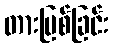
တားမြစ်ခြင်း